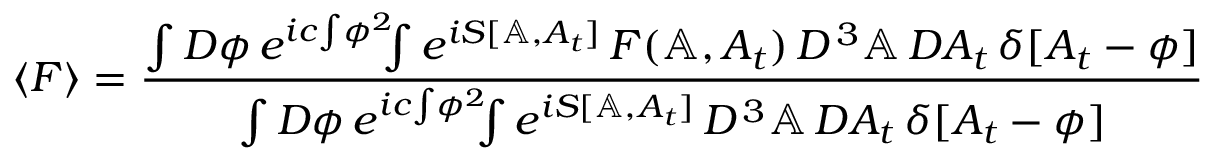
\langle F \rangle = { \frac { \int { \cal D } \phi \, e ^ { i c \! \int \! \phi ^ { 2 } } \! \! \! \int e ^ { i S [ \mathbb { A } , A _ { t } ] } \, F ( \mathbb { A } , A _ { t } ) \, { \cal D } ^ { \, 3 } \mathbb { A } \, { \cal D } A _ { t } \, \delta [ A _ { t } - \phi ] } { \int { \cal D } \phi \, e ^ { i c \! \int \! \phi ^ { 2 } } \! \! \! \int e ^ { i S [ \mathbb { A } , A _ { t } ] } \, { \cal D } ^ { \, 3 } \mathbb { A } \, { \cal D } A _ { t } \, \delta [ A _ { t } - \phi ] } }